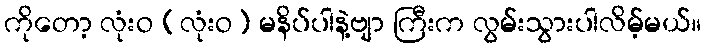
ကိုတော့ လုံးဝ (လုံးဝ) မနိပ်ပါနဲ့ဗျာ ကြီးက လွမ်းသွားပါလိမ့်မယ်။